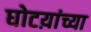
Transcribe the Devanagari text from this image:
घोटय़ांच्या